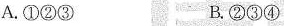
A.①②③ B.②③④